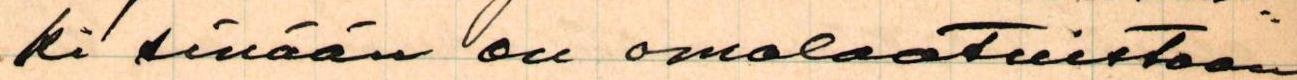
ki sinään on omalaatuistaan